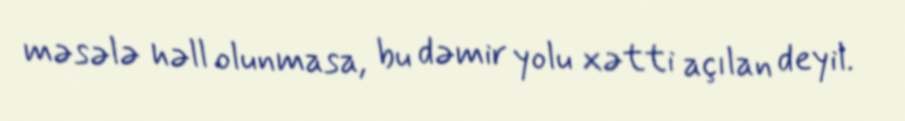
məsələ həll olunmasa, bu dəmir yolu xətti açılan deyil.